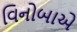
વિનોબાએ